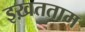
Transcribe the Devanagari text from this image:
इख़तताम